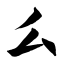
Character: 么